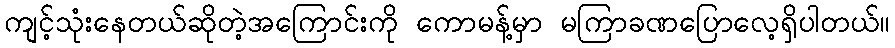
ကျင့်သုံးနေတယ်ဆိုတဲ့အကြောင်းကို ကောမန့်မှာ မကြာခဏပြောလေ့ရှိပါတယ်။